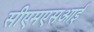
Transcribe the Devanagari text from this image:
सीएमएसआई